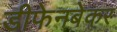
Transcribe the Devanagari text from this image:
डीफेनबेकर